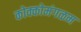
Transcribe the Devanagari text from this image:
कोक्कोमंगळम